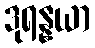
ဒုရန္နယာ